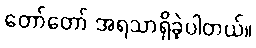
တော်တော် အရသာရှိခဲ့ပါတယ်။